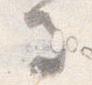
馬